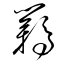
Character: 羈